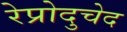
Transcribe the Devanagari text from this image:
रेप्रोदुचेद